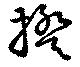
揆